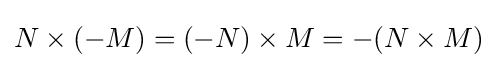
N\times (-M)=(-N)\times M=-(N\times M)